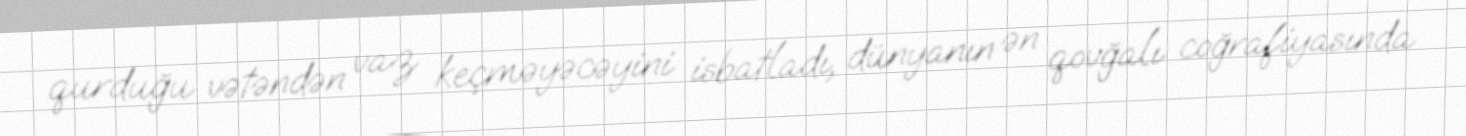
qurduğu vətəndən vaz keçməyəcəyini isbatladı, dünyanın ən qovğalı coğrafiyasında